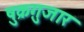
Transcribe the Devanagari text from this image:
षुक्रग़ुजार